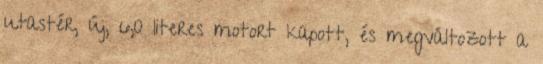
utastér, új, 6,0 literes motort kapott, és megváltozott a